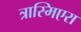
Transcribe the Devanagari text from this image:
त्रास्मिएरा